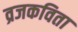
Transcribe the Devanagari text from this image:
व्रजकविता